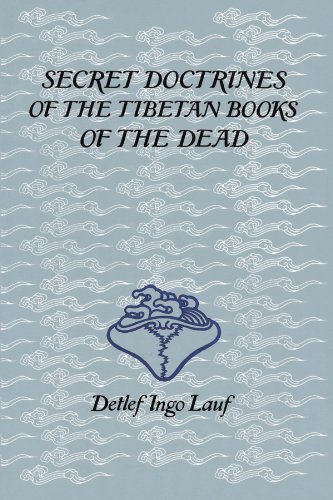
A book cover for Secret Doctrines of the Tibetan Book of Dead; Detlef Ingo Lauf; Religion & Spirituality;